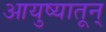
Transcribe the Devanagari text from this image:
आयुष्यातून्